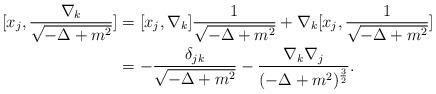
LaTeX: \begin{align*}[x_j, \frac{\nabla_k}{\sqrt{-\Delta+m^2}} ] &=[x_j,\nabla_k] \frac{1}{\sqrt{-\Delta+m^2}}+\nabla_k [x_j,\frac{1}{\sqrt{-\Delta+m^2}}]\\&=-\frac{\delta_{jk}}{\sqrt{-\Delta+m^2}}-\frac{\nabla_k\nabla_j}{({-\Delta+m^2})^{\frac{3}{2}}}.\end{align*}